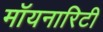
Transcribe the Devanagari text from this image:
मॉयनारिटी